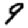
Digit: 9